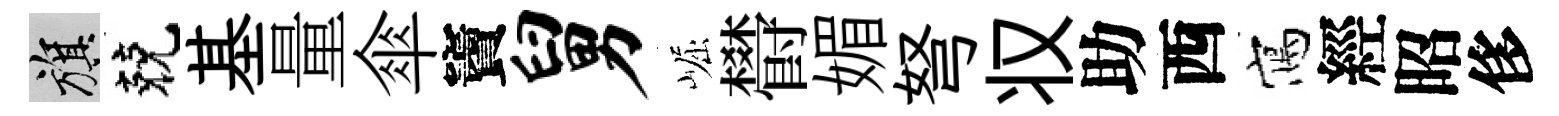
旗兢基量傘竇舅崛欎媚弩𠬧助西寫經昭侈